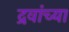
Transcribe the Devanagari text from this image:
द्रवांच्या